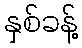
နှစ်ခန့်